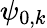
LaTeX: \psi_{0,k}